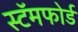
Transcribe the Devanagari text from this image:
स्टॅमफोर्ड